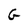
Character: G